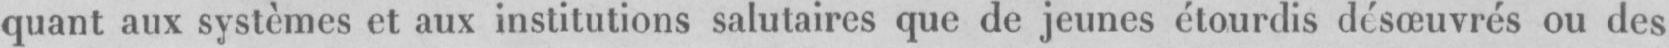
quant aux systèmes et aux institutions salutaires que de jeunes étourdis désœuvrés ou des